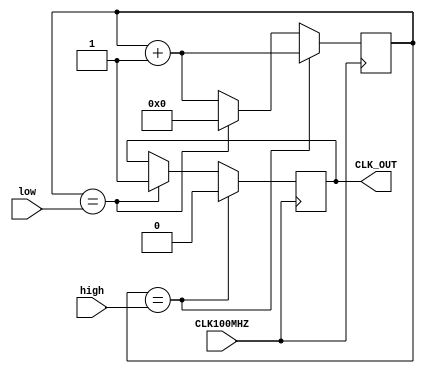
module clocks(
input CLK100MHZ,
input high,
input low,
output reg CLK_OUT
    );
    reg [27:0] ctr=0;
    always @ (posedge CLK100MHZ) begin
        if(ctr==high) begin
            CLK_OUT <= 1'b0;
            ctr <= ctr + 1;            
        end else if(ctr==low) begin
            CLK_OUT <= 1'b1;
            ctr <= 0;
        end else begin
            ctr <= ctr + 1;
        end         
    end
    
endmodule
module blink(
input CLK100MZ,
output [0:6]LED
);
clocks c3 (CLK100MHZ,99_999_999,99_999_999,CLK3);
clocks c4 (~CLK3,99_999_999,99_999_999,CLK4);
clocks c5 (~CLK4,99_999_999,99_999_999,CLK5);
clocks c6 (~CLK5,99_999_999,99_999_999,CLK6);

assign LED[3]=CLK3;
assign LED[4]=CLK4;
assign LED[5]=CLK5;
assign LED[6]=CLK6;

endmodule